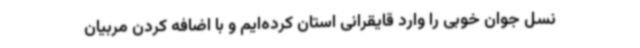
نسل جوان خوبی را وارد قایقرانی استان کرده‌ایم و با اضافه کردن مربیان